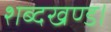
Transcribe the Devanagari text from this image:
शब्दखण्ड।